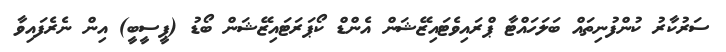
ސަރުކާރު ކުންފުނިތައް ބަލަހައްޓާ ޕްރައިވެޓައިޒޭޝަން އެންޑް ކޯޕަރަޓައިޒޭޝަން ބޯޑު (ޕީސީބީ) އިން ނެރެފައިވާ